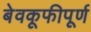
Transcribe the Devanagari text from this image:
बेवकूफीपूर्ण